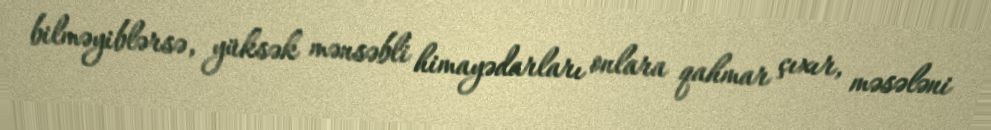
bilməyiblərsə, yüksək mənsəbli himayədarları onlara qahmar çıxır, məsələni